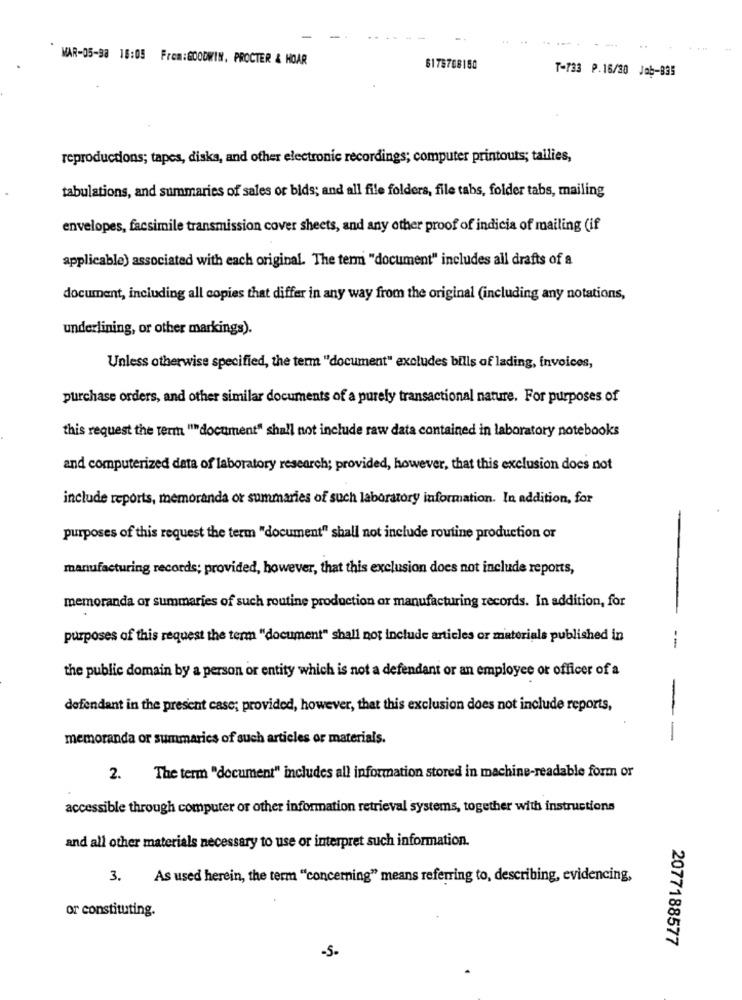
----
..
MAR-05-98 18:05 From:GOODWIN, PROCTER & HOAR
6175708150
T-733 P.16/30 Job-835
reproductions; tapes, diska, and other electronic recordings; computer printouts; tailies,
tabulations, and summaries of sales or bids; and all file folders, file tabs, folder tabs, mailing
envelopes, facsimile transmission cover sheets, and any other proof of indicia of mailing (if
applicable) associated with each original. The term "document" includes all drafts of a
document, including all copies that differ in any way from the original (including any notations,
underlining, or other markings).
Unless otherwise specified, the term "document" excludes bills of lading, invoices,
purchase orders, and other similar documents of a purely transactional nature. For purposes of
this request the term """document" shall not include raw data contained in laboratory notebooks
and computerized data of laboratory research; provided, however, that this exclusion does not
include reports, memoranda or summaries of such laboratory information. In addition, for
purposes of this request the term "document" shall not include routine production or
manufacturing records; provided, however, that this exclusion does not include reports,
memoranda or summaries of such routine production or manufacturing records. In addition, for
purposes of this request the term "document" shall not include articles or materials published in
--
the public domain by a person or entity which is not a defendant or an employee or officer of a
defendant in the present case; provided, however, that this exclusion does not include reports,
memoranda or summaries of such articles or materials.
--
The term "document" includes all information stored in machine-readable form or
2.
accessible through computer or other information retrieval systems, together with instructions
and all other materials necessary to use or interpret such information.
3. As used herein, the term "concerning" means referring to, describing, evidencing,
or constituting.
2077188577
-S-